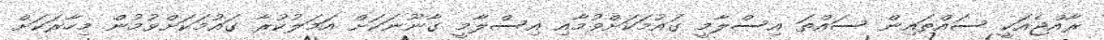
ރާއްޖެއަކީ ސައްތައިން ސައްތަ އިސްލާމީ ގައުމަކަށްވުމާއި އިސްލާމީ ގާނޫނަކަށް އަމަލުކުރާ ގައުމަކަށްވުމުން މިހާރަކަށް